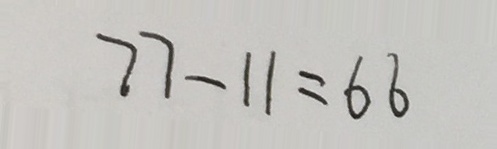
7 7 - 1 1 = 6 6